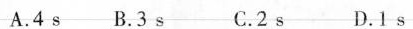
A. 4s B. 3s C. 2s D. 1s